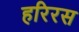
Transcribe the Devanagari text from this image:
हरिरस